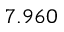
7 . 9 6 0